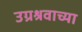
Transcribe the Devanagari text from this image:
उग्रश्रवाच्या